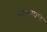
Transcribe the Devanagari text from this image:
परक्रमाचे